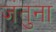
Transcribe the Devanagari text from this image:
जंतुना